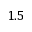
1 . 5